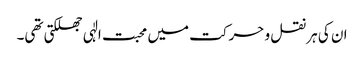
ان کی ہر نقل و حرکت میں محبت الٰہی جھلکتی تھی۔